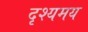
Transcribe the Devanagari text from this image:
दृश्यमय